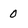
Character: 0